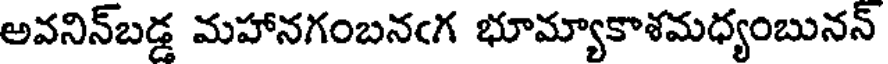
అవనిన్బడ్డ మహానగంబనఁగ భూమ్యాకాశమధ్యంబునన్